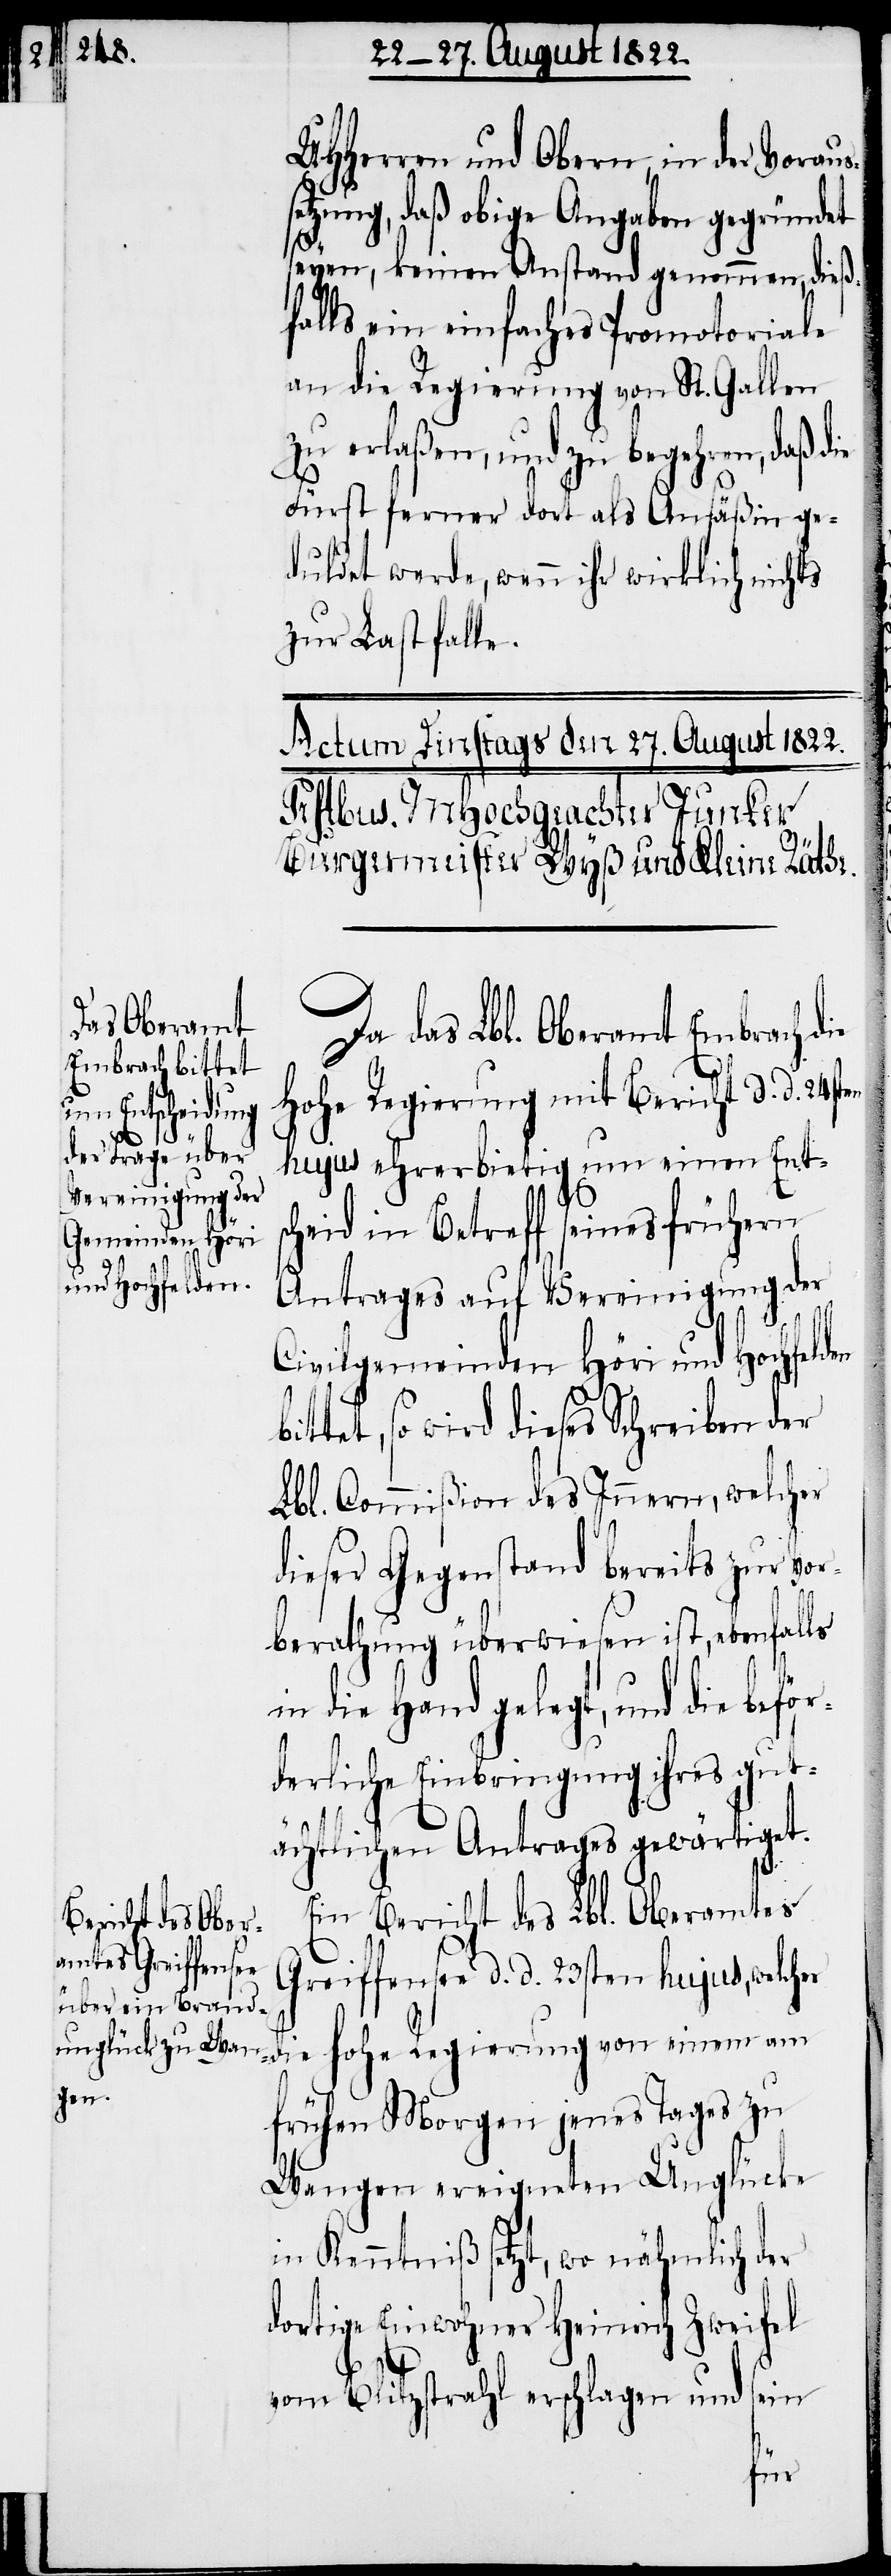
UHHerrn und Obern, in der Voraus¬
etzung, daß obige Angaben gegründet
seyen, keinen Anstand genommen, dieß¬
falls ein einfaches Promotoriale
an die Regierung von St. Gallen
zu erlaßen, und zu begehren, daß die
Fürst ferner dort als Ansäßin ge¬
duldet werde, wenn ihr wirklich nichts
zur Last falle.
Da das Lbl. Oberamt Embrach d¬
Hohe Regierung mit Bericht d. d. 24st¬
en hujus ehrerbietig um einen Ents¬
cheid in Betreff seines frühern
Antrages auf Vereinigung der
Civilgemeinden Höri und Hochfelden
tet, so wird dieses Schreiben der
Lbl. Commißion des Innern, welcher
dieser Gegenstand bereist zur Vor¬
berathung überwiesen ist, ebenfalls
in die Hand gelegt, und die befö¬
derliche Einbringung ihres gut¬
ächtlichen Antrages gewärtiget.
Ein Bericht des Lbl. Oberamtes
Greiffensee d. d. 23sten hujus, welcher
die Hohe Regierung von einem am
frühen Morgen jenes Tages zu
Wangen ereigneten Unglücke
in Kenntniß setzt, wo nähmlich der
dortige Einwohner Heinrich Zweifel
r¬
vom Blitzstrahl erschlagen und sein
bit¬